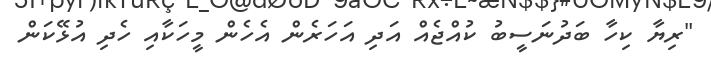
"ރިޔާ ކިހާ ބަދުނަސީބު ކުއްޖެއް އަދި އަހަރެން އެހެން މީހަކާއި ހެދި އުޅޭކަން